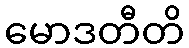
မောဒတီတိ